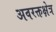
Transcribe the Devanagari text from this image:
अवरक्तक्षेत्र